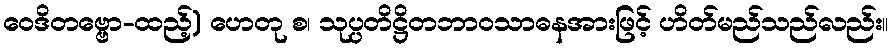
ဝေဒိတဗ္ဗော-ထည့်) ဟေတု စ၊ သုပ္ပတိဋ္ဌိတဘာဝသာဓနအားဖြင့် ဟိတ်မည်သည်လည်း။